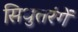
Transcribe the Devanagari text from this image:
सिधुतरंगें